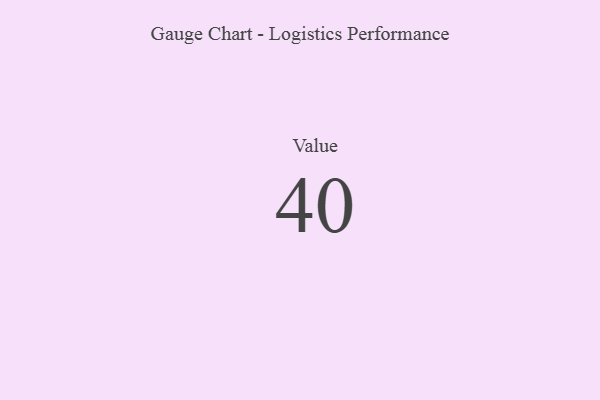
{"axis": {"x": "Metric", "y": "Value"}, "legend": [""], "data": [{"x": "Value", "y": 40, "type": ""}]}